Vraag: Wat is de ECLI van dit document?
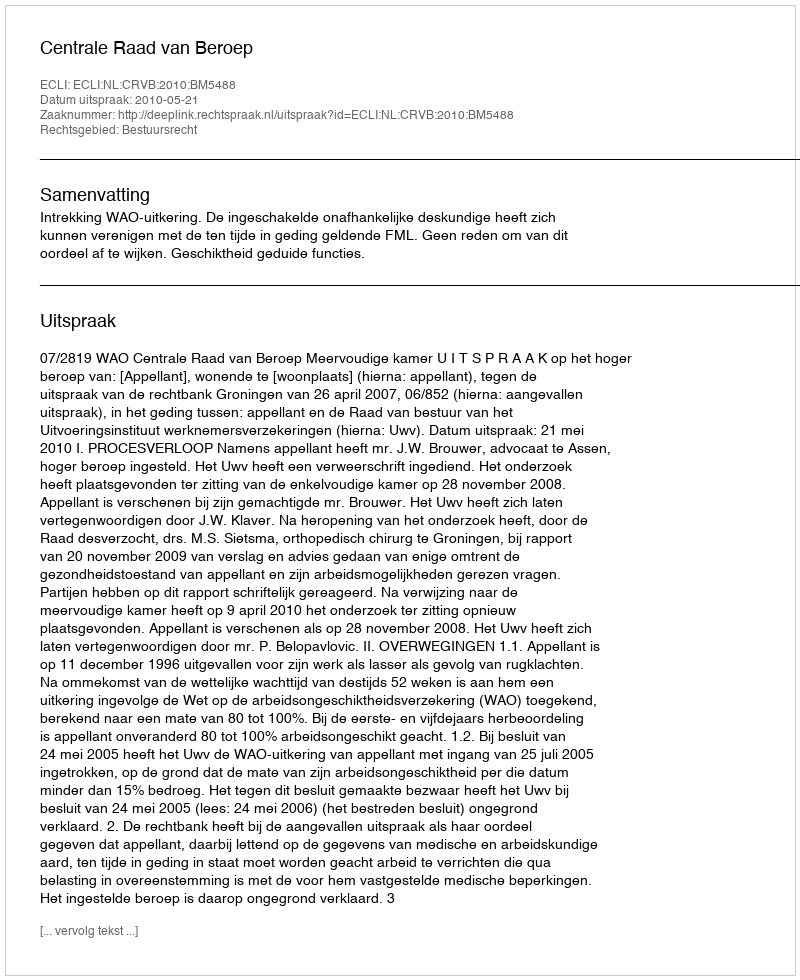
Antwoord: ECLI:NL:CRVB:2010:BM5488